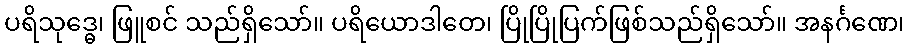
ပရိသုဒ္ဓေ၊ ဖြူစင် သည်ရှိသော်။ ပရိယောဒါတေ၊ ပြိုပြိုပြက်ဖြစ်သည်ရှိသော်။ အနင်္ဂဏေ၊